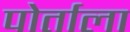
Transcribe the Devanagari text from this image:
पोर्ताला